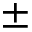
\pm